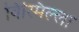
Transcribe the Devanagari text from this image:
विस्मिल्ला